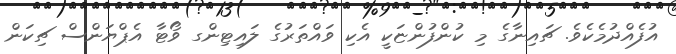
އުފެއްދުމެކެވެެ. ޗައިނާގެ މި ކުންފުންޏަކީ އެކި ވައްތަރުގެ ލައިޓިންގ ވޯޓާ އެޕްޔަންސް ޗިކަން